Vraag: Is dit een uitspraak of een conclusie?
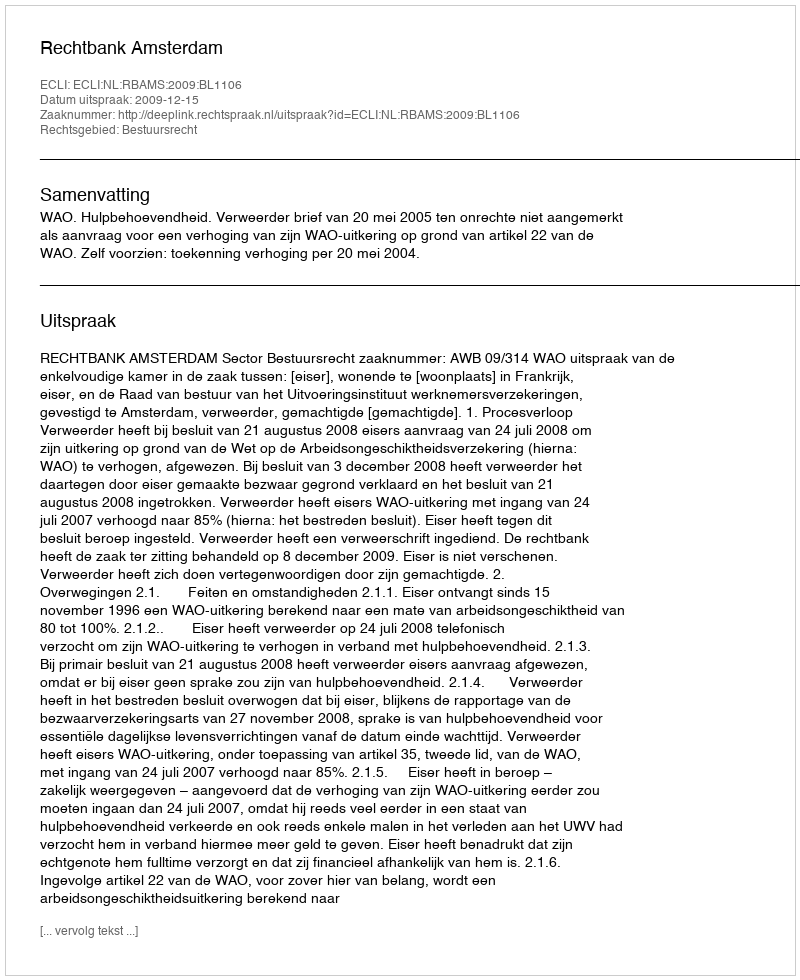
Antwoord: Uitspraak